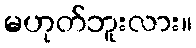
မဟုတ်ဘူးလား။